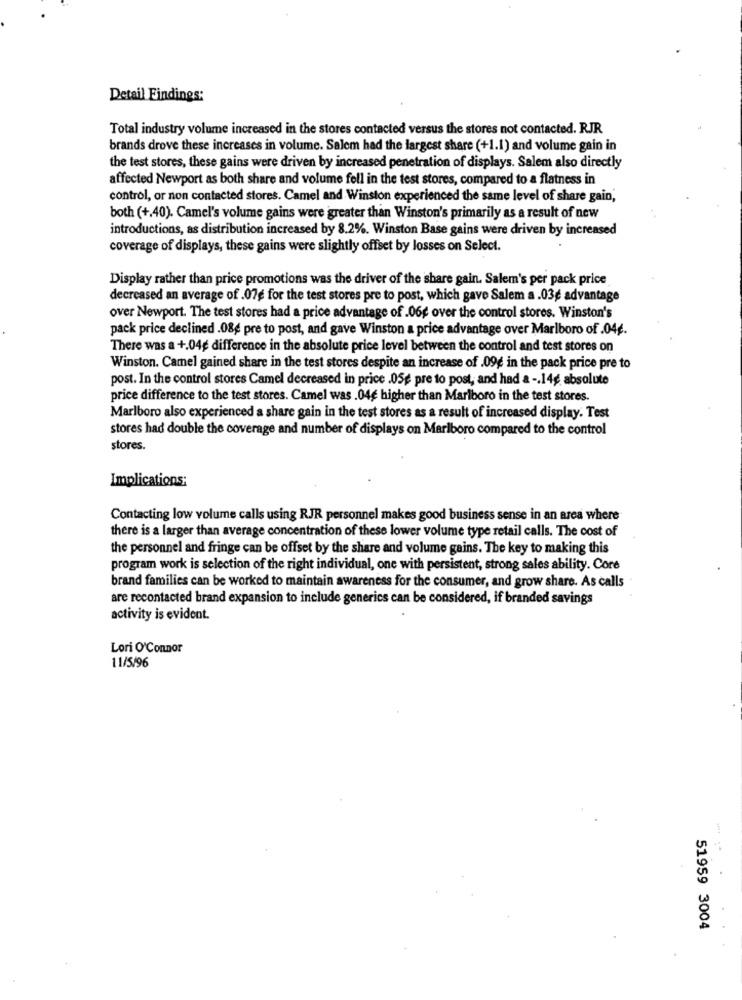
Detail Findings:
Total industry volume increased in the stores contacted versus the stores not contacted. RJR
brands drove these increases in volume. Salem had the largest share (+1.1) and volume gain in
the test stores, these gains were driven by increased penetration of displays. Salem also directly
affected Newport as both share and volume fell in the test stores, compared to a flatness in
control, or non contacted stores. Camel and Winston experienced the same level of share gain,
both (+,40). Camel's volume gains were greater than Winston's primarily as a result of new
introductions, as distribution increased by 8.2%. Winston Base gains were driven by increased
coverage of displays, these gains were slightly offset by losses on Select.
Display rather than price promotions was the driver of the share gain. Salem's per pack price
decreased an average of .07g for the test stores pre to post, which gave Salem a.03¢ advantage
over Newport. The test stores had a price advantage of .06¢ over the control stores. Winston's
pack price declined .084 pre to post, and gave Winston a price advantage over Marlboro of .04.
There was a +.04¢ difference in the absolute price level between the control and test stores on
Winston. Camel gained share in the test stores despite an increase of .09¢ in the pack price pre to
post. In the control stores Camel decreased in price .05g pre to post, and had a -. 14g absolute
price difference to the test stores. Camel was . 04e higher than Marlboro in the test stores.
Marlboro also experienced a share gain in the test stores as a result of increased display. Test
stores had double the coverage and number of displays on Marlboro compared to the control
stores.
Implications;
Contacting low volume calls using RJR personnel makes good business sense in an area where
there is a larger than average concentration of these lower volume type retail calls. The cost of
the personnel and fringe can be offset by the share and volume gains. The key to making this
program work is selection of the right individual, one with persistent, strong sales ability. Core
brand families can be worked to maintain awareness for the consumer, and grow share. As calls
are recontacted brand expansion to include generics can be considered, if branded savings
activity is evident.
Lori O'Connor
11/5/96
51959 3004